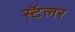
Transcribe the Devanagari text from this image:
स्टॅलर